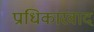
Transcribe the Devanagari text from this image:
प्राधिकारवाद